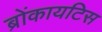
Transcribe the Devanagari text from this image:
ब्रोंकायटिस